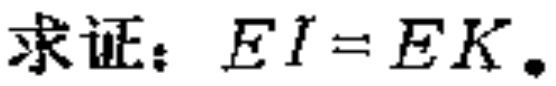
求证：\(EI = EK\).